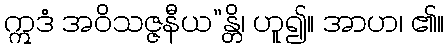
ဣဒံ အဝိသဇ္ဇနီယ”န္တိ၊ ဟူ၍။ အာဟ၊ ၏။